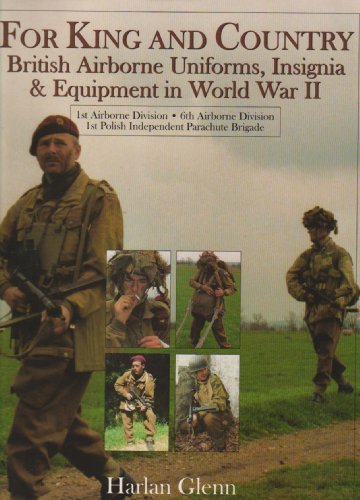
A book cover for For King and Country: British Airborne Uniforms, Insignia & Equipment in World War II  1st Airborne Division  6th Airborne Division  1st Polish ... Brigade (Schiffer Military History Book); Harlan Glenn; History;